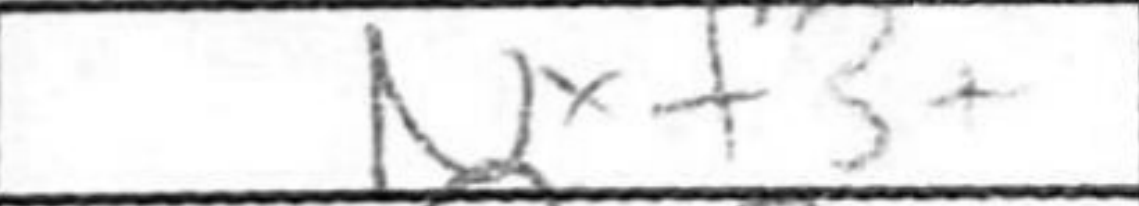
Transcription: Nxf3+